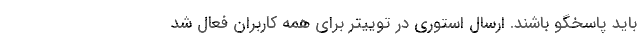
باید پاسخگو باشند. ارسال استوری در توییتر برای همه کاربران فعال شد